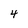
Character: 4